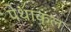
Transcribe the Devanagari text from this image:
पेथाकल